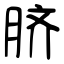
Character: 脐